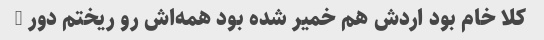
کلا خام بود اردش هم خمیر شده بود همه‌اش رو ریختم دور …